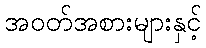
အဝတ်အစားများနှင့်